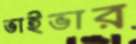
ভাইভার